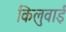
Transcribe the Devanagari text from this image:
किलुवाई